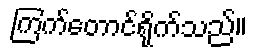
ကြက်တောင်ရိုက်သည်။